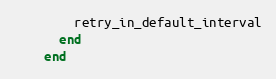
Language: Ruby
        retry_in_default_interval
      end
    end